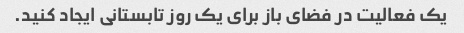
یک فعالیت در فضای باز برای یک روز تابستانی ایجاد کنید.